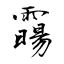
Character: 霷